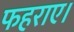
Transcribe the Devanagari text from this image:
फहराए।